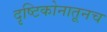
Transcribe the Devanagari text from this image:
दृष्टिकोनातूनच